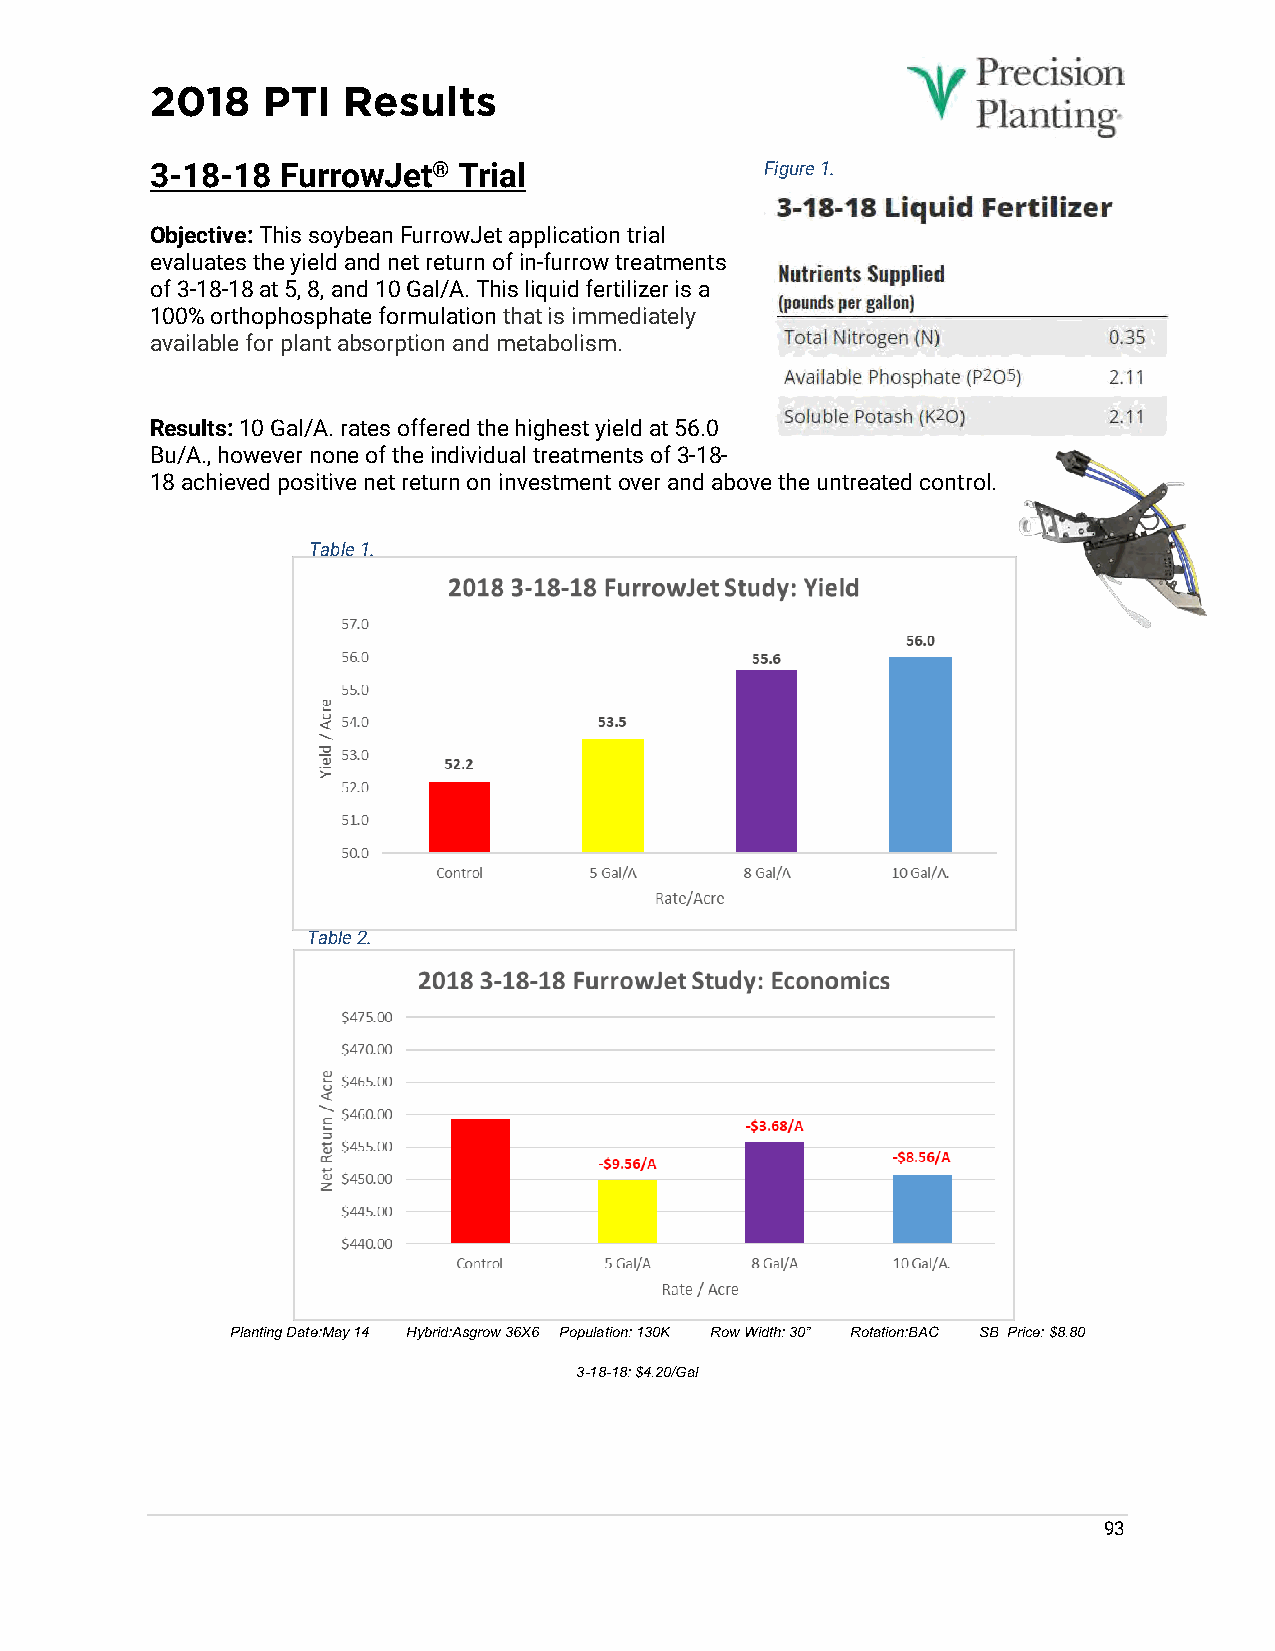
2018   PTI   Results
 3-18-18  FurrowJet® Trial                Figure 1.
 Objective: This soybean FurrowJet application trial
 evaluates the yield and net return of in-furrow treatments
 of 3-18-18 at 5, 8, and 10 Gal/A. This liquid fertilizer is a
 100% orthophosphate formulation that is immediately
 available for plant absorption and metabolism.
 Results: 10 Gal/A. rates offered the highest yield at 56.0
 Bu/A., however none of the individual treatments of 3-18-
 18 achieved positive net return on investment over and above the untreated control.
 Table 1.
 Table 2.
 Planting Date:May 14 Hybrid:Asgrow 36X6 Population: 130K Row Width: 30” Rotation:BAC SB Price: $8.80
 3-18-18: $4.20/Gal
 93